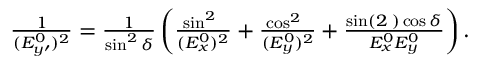
\begin{array} { r } { \frac { 1 } { ( E _ { y \prime } ^ { 0 } ) ^ { 2 } } = \frac { 1 } { \sin ^ { 2 } \delta } \left( \frac { \sin ^ { 2 } { \it \Psi } } { ( E _ { x } ^ { 0 } ) ^ { 2 } } + \frac { \cos ^ { 2 } { \it \Psi } } { ( E _ { y } ^ { 0 } ) ^ { 2 } } + \frac { \sin ( 2 { \it \Psi } ) \cos \delta } { E _ { x } ^ { 0 } E _ { y } ^ { 0 } } \right) . } \end{array}